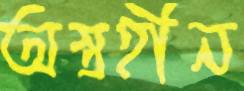
অস্ত্রহীন